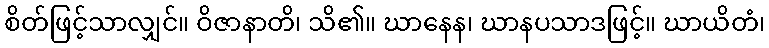
စိတ်ဖြင့်သာလျှင်။ ဝိဇာနာတိ၊ သိ၏။ ဃာနေန၊ ဃာနပသာဒဖြင့်။ ဃာယိတံ၊